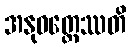
အနုဝတ္တေဿတိ